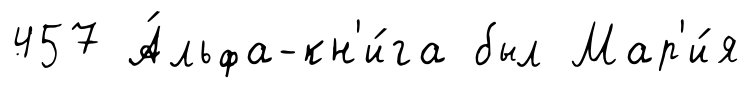
457 А́льфа-кн'и́га был Мар'и́я